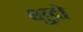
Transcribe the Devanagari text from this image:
क्षुद्रो